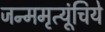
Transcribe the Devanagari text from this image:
जन्ममृत्यूंचिये